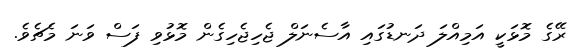
ރޭގެ މޮޅަކީ އަމިއްލަ ދަނޑުގައި އާސެނަލް ޖެހިޖެހިގެން މޮޅުވި ފަސް ވަނަ މެޗެވެ.